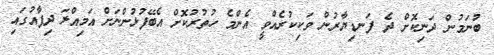
ބުނަމުން ދަނިކޮށް ދެ ފަނޑިޔާރުން ވަކިކުރެއްވީ އެންމެ ހުތުރުކޮށް އެބޭފުޅުންނަށް އަމިއްލަ ދިފާއުގައި